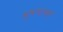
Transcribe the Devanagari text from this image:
भुषणावह